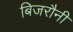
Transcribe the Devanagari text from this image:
बिजरौनी